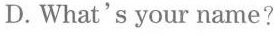
D.What's your name?